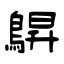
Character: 鵿